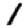
Digit: 1